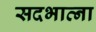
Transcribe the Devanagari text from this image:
सदभाव्ना